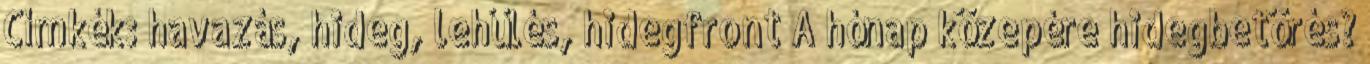
Címkék: havazás, hideg, lehűlés, hidegfront A hónap közepére hidegbetörés?